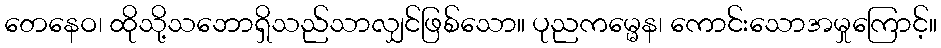
တေနေဝ၊ ထိုသို့သဘောရှိသည်သာလျှင်ဖြစ်သော။ ပုညကမ္မေန၊ ကောင်းသောအမှုကြောင့်။